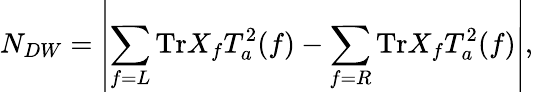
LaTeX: N_{DW}=\left\vert\sum_{f=L}\mathrm{Tr}X_{f}T_{a}^{2}(f)-\sum_{f=R}\mathrm{Tr}X_{f}T_{a}^{2}(f)\large\right\vert,